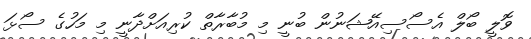
ވޮލީ ބޯލް އެސޯސިއޭޝަނުން ބުނީ މި މުބާރާތް ކުރިއަށްދާނީ މި މަހުގެ ސޯޅަ